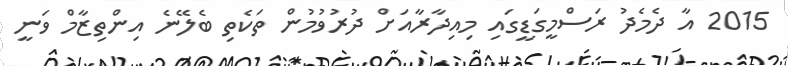
2015 އާ ދެމެދު ރަސްމީގަޑީގައި މިއިދާރާއަށް ދުރުވުމުން ތަކެތި ބެލޭނެ އިންތިޒާމް ވަނީ